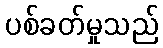
ပစ်ခတ်မှုသည်